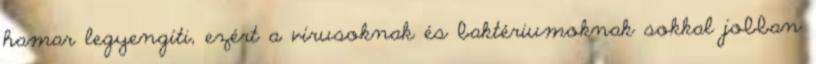
hamar legyengíti, ezért a vírusoknak és baktériumoknak sokkal jobban